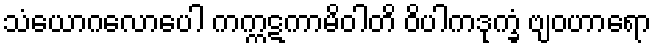
သံယောဂလောပေါ ကက္ကဋကာမိဝါတိ ဝိပါကဒုက္ခံ ဗျဝဟာရော